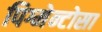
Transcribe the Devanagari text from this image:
पिग्मेन्टोसा